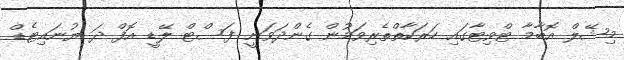
މިޝޭލް އޮބާމާ ޓްވިޓާގައި ހަރަކާތްތެރިވަމުން ގެންދަވަނީ ފަސްޓް ލޭޑީ އޮފް ދަ ޔުނައިޓެޑް